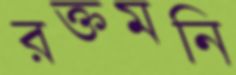
রক্তমনি